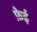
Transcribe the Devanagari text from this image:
फ़ेई